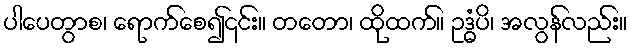
ပါပေတွာစ၊ ရောက်စေ၍၎င်း။ တတော၊ ထိုထက်။ ဥဒ္ဓံပိ၊ အလွန်လည်း။